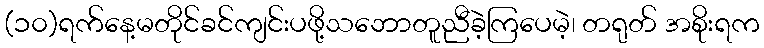
(၁၀)ရက်နေ့မတိုင်ခင်ကျင်းပဖို့သဘောတူညီခဲ့ကြပေမဲ့၊ တရုတ် အစိုးရက